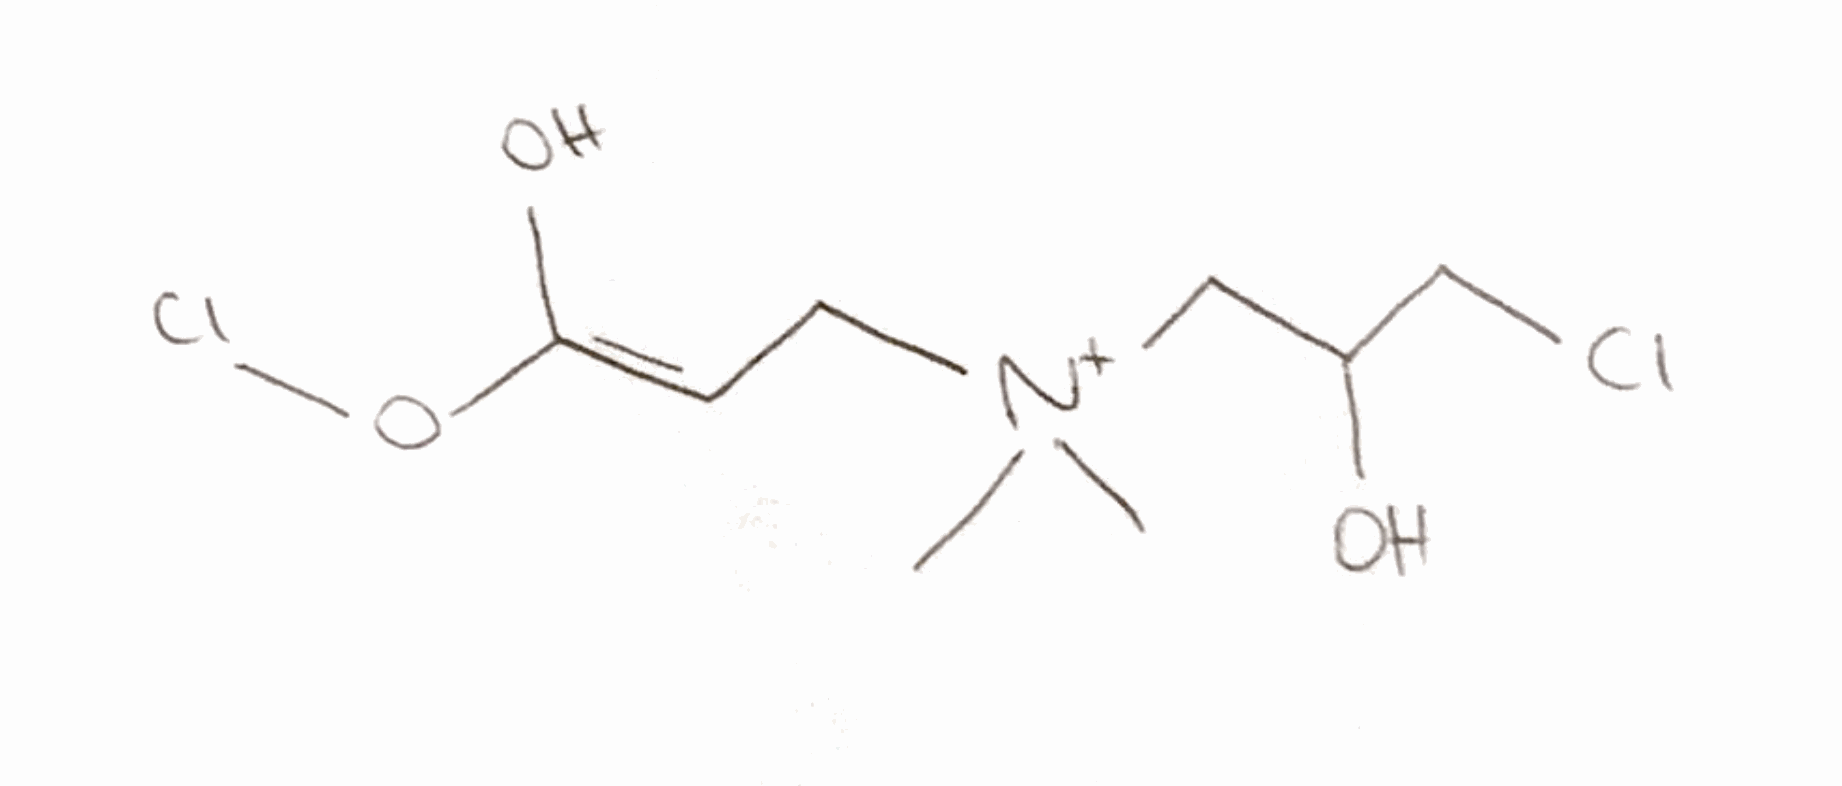
Simplified molecular-input line-entry system (SMILES) notation of the given molecule:
C[N+](C)(C/C=C(\O)/OCl)CC(CCl)O